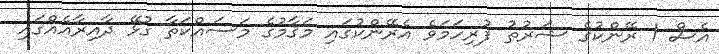
އެސް 1 ރޭންކުގެ ޝަރުޠު ފުރިހަމަވެ އެރޭންކުގައި މަޤާމުގެ މަސައްކަތާ ގުޅޭ ދާއިރާއެއްގައި